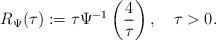
LaTeX: \begin{align*}R_\Psi(\tau) := \tau \Psi^{-1}\left(\frac{4}{\tau}\right) , \ \ \ \tau > 0 .\end{align*}